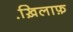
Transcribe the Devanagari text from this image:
ख़ि़लाफ़